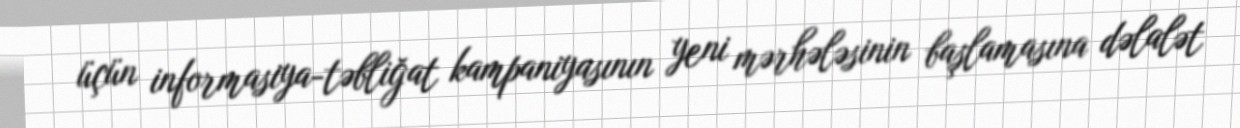
üçün informasiya-təbliğat kampaniyasının yeni mərhələsinin başlamasına dəlalət